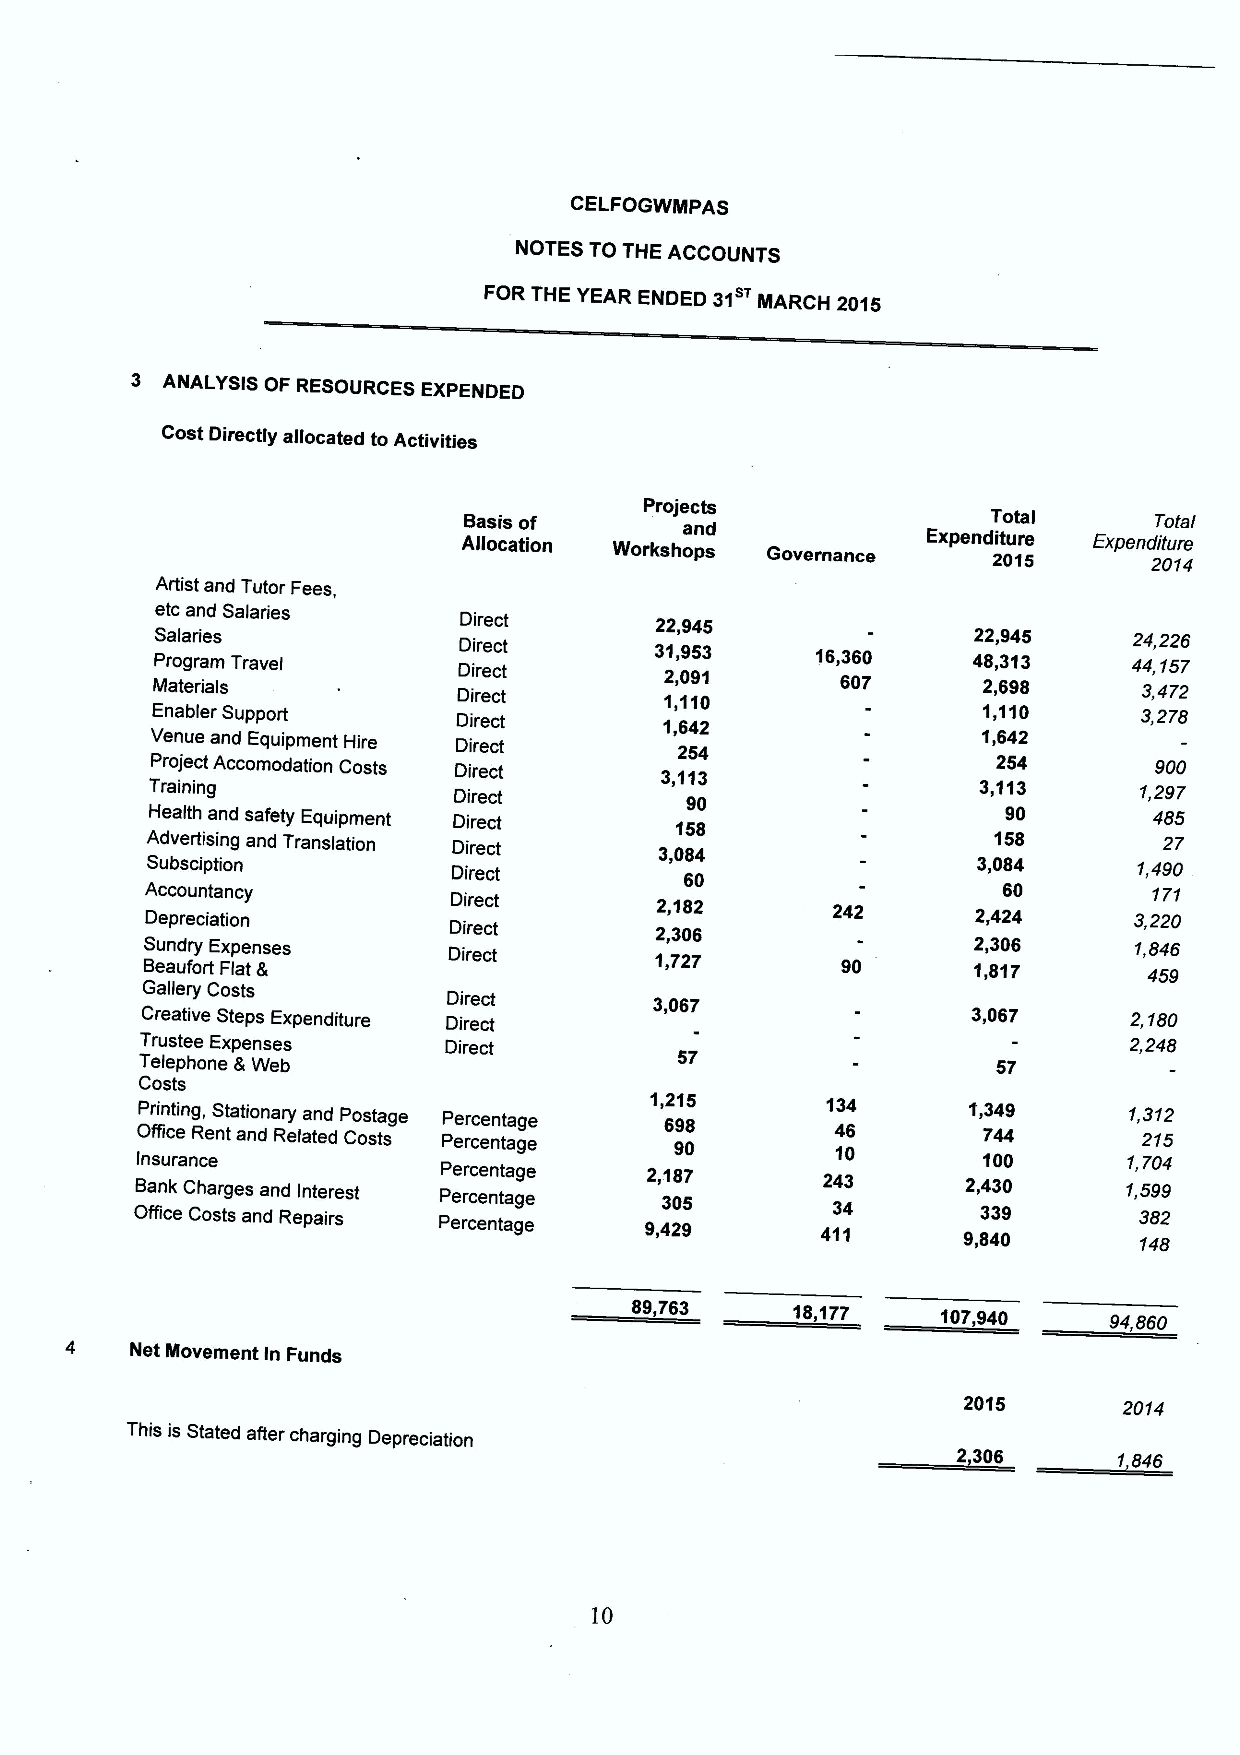
CELFOGWMPAS
 NOTES TO THE ACCOUNTS
 FOR THE YEAR ENDED 31 MARCH 2015
 3 ANALYSIS OF RESOURCES EXPENDED
 Cost Directly allocated to Activities
 Projects
 Basis of      and                  Total     Total
 Allocation Workshops Governance Expendit 2u 0re 15 Expendi 2tu 0r 1e 4
 Artist and Tutor Fees,
 etc and Salaries
 Direct       22,945
 MPS ra aol tga er r rai ie am ls
 s
 Travel         DDD iii rrr eee ccc ttt 3
 2
 11
 ,
 ,,
 0
 19
 9
 15
 1
 03     16, 63 06 70 42 282 ,,, 639 914 85 3 42 4 34 , ,, 42 1 72 5 26 7
 Enabler Support     Direct        1,642                1,110      3,278
 Venue and Equipment Hire Direct    254                 1,642
 Project Accomodation Costs Direct 3113                  254       900
 Training
 Direct         90
 3 113     1,297
 Health and safety Equipment Direct 158                   90       485
 Advertising and Translation Direct 3,084                158        27
 Subsciption
 Direct         60
 3,084     1,490
 Accountancy                                             60        171
 Depreciation        DD ii rr ee cc tt 22 ,, 31 08 62 242 2,424   3,220
 BSu en ad ur fy ortE Fx lp ae tn 8ses Direct 1,727 90 2 1, ,83 106 7 1, 48 54 96
 Gallery Costs
 Direct       3,067
 Creative Steps Expenditure Direct                      3,067      2,180
 Trustee Expenses    Direct                                        2,248
 57
 Telephone 8 Web                                          57
 Costs
 OPr fi fn it ci eng, ReS nttat ai no dnar Ry elaa tn ed
 d
 P Co os sta tsge PP ee rr cc ee nn tt aa gg ee 1, 62 991 085 1
 4
 13
 6
 04      1, 73 44 49 1, 23 11 52
 OBIn fas fn iu ckr ean C Cc he oa sr tg ses andand ReI pn ate irr sest PPP eee rrr ccc eee nnn ttt aaa ggg eee 92 ,, 431 208 957 42 134 13
 4
 92 ,, 8341 4330 00 90 11 ,,
 3
 157
 8
 490
 2
 894
 89,763     18,177   107,940    94,860
 4    Net Movement In Funds
 2015      2014
 This is Stated after charging Depreciation
 2306       1846